Cholera in India, 1862 to 1881
Year: 1862
Disease focus: Cholera
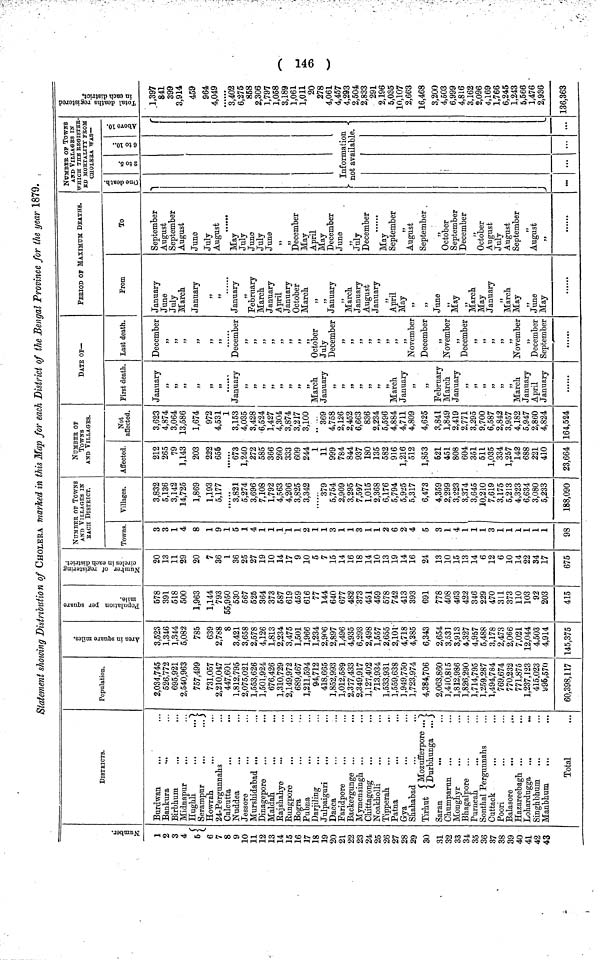
( 146 )
Statement showing Distribution of CHOLERA marked in this Map for each District of the Bengal Province for the year 1879.
Number.
1
2
3
4
5{
6
7
8
9
10
11
12
13
14
15
16
17
18
19
20
21
22
23
24
25
26
27
28
29
30
31
32
33
34
35
36
37
38
39
40
41
42
43
DISTRICTS.
Burdwan
Bankura
Birbhum
Midnapur
...
Hughli
...
...
Serampur
...
Howrah
...
...
24-Pergunnahs
Calcutta
Nuddea
Jessore
Murshidabad ...
Dmagepore
Maldah
Rajshahye
Rungpore
Bogra
Pubna
Darjiling
...
Julpaiguri
...
Dacca
Faridpore
Backergunge ...
Mymensingh ...
Chittagong
Noakholli
Tipperah
...
...
Patna
Gya
Shahabad
Tirhurt {Mozufferpore...)
Durbhunga
Saran
...
Chumparun
Monghyr
Bhagalpore
Purneah
Sonthal Pergunnahs
Cuttack
Poori
Balasore
...
Hazareebagh ...
Lohardugga ...
...
Singhbhum
Manbhum
Total
Population.
2,034,745
526,772
695,921
2,540,963
757,499
731,057
2,210,047
447,601
1,812,795
2,075,021
1,553,626
1,501,924
676,426
1,310,729
2,149,972
689,467
1,211,594
94,712
418,665
1,852,993
1,012,589
2,377,433
2,349,917
1,127,402
713,934
1,533,931
1,559,638
1,949,750
1,723,974
4,384,706
2,063,860
1,410,815
1,812,986
1,826,290
1,714,795
1,259,287
1,494,784
769,674
770,232
771,875
1,237,123
415,023
995,570
60,398,117
Area in square
miles.
3,523
1,346
1,344
5,082
785
639
2,788
8
3,421
3,658
2,578
4,126
1,813
2,234
3,475
1,501
1,966
1,234
2,906
2,897
1,496
4,935
6,293
2,498
1,557
2,655
2,101
4,718
4,385
6,343
2,654
3,531
3,913
4,327
4,957
5,488
3,178
2,473
2,066
7,021
12,044
4,503
4,914
145,375
Population per square
miles.
578
391
518
500
1,963
1,144
793
55,950
530
567
525
364
373
587
619
459
616
77
144
640
677
482
373
451
459
578
742
413
393
691
778
408
463
422
346
229
470
311
373
110
103
93
203
415
Number of registering circles in each
district.
20
13
11
29
20
7
36
1
36
25
27
19
10
14
17
9
10
5
7
15
14
16
18
14
10
13
19
14
16
24
13
10
15
13
14
6
12
6
10
14
22
34
17
675
NUMBER OF TOWNS
AND VILLAGES IN
EACH DISTRICT.
Towns.
3
3
1
4
8
1
9
1
5
1
4
1
1
1
1
1
2
1
1
3
1
1
3
1
1
2
6
2
4
5
3
1
4
1
1
1
3
1
1
1
1
1
1
98
Villages.
3,832
5,136
3,142
14,725
1,869
1,193
5,177
3,821
5,274
3,696
7,108
1,792
4,563
4,206
3,825
3,342
379
5,754
2,909
3,295
7,597
1,015
2,368
6,176
5,794
5,925
5,317
6,473
4,359
2,299
3,223
3,374
3,645
10,210
7,619
3,175
5,213
4,323
6,634
3,080
5,233
188,090
NUMBER OF
TOWNS
AND VILLAGES.
Affected.
212
265
79
1,143
203
222
655
673
1,240
272
585
366
260
333
609
244
1
11
999
784
844
937
180
135
582
916
1,216
512
1,853
521
451
808
604
351
511
1,035
334
1,257
142
688
221
410
23,664
Not
affected.
3,623
4,874
3,064
13,586
1,674
972
4,531
1
3,153
4,035
3,428
6,524
1,427
4,304
3,874
3,217
3,100
369
4,758
2,126
2,452
6,663
836
2,234
5,596
4,884
4,711
4,809
4,625
3,841
1,849
2,419
2,771
3,295
9,700
6,587
2,842
3,957
4,182
5,947
2,860
4,824
164,524
DATE OF—
First death.
January
,,
,,
,,
,,
,,
,,
January
,,
,,
,,
,,
,,
,,
,,
,,
March
January
,,
,,
,,
,,
,,
,,
,,
March
January
,,
,,
February
March
January
,,
,,
,,
,,
,,
,,
March
January
April
January
Last death.
December
,,
,,
,,
,,
,,
December
,,
,,
,,
,,
,,
October
July
December
,,
,,
,,
,,
,,
,,
,,
November
December
,,
November
,,
December
,,
,,
November
,,
December
September
PERIOD OF MAXIMUM DEATHS.
From
January
June
July
March
January
,,
,,
January
,,
February
March
January
April
January
October
March
,,
,,
January
,,
March
January
August
January
,,
April
May
,,
June
,,
May
,,
March
May
January
,,
March
May
,,
June
May
To
September
August
September
August
June
July
August
May
July
June
July
June
,,
,,
December
May
April
May
December
June
July
December
May
September
,,
August
September
October
September
December
,,
October
August
July
August
September
August
NUMBER OF TOWNS
AND VILLAGES IN
WHICH THE REGISTER
ED MORTALITY FROM
CHOLEBA WAS—
One death.
2 to
5.
6 to 10.
Above
10.
Information
not available.
Total death registered in each
district.
1,397
841
399
3,914
459
964
4,049
3,402
6,275
858
2,306
1,797
1,058
3,189
1,061
1,011
20
278
4,061
4,457
4,293
2,504
2,833
291
2,196
5,035
10,107
2,663
16,468
3,200
4,503
6,999
4,816
3,162
2,096
4,169
1,766
6,245
1,243
5,566
1,476
2,936
136,363